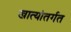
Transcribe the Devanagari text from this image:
खात्यांतर्गत